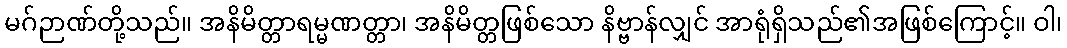
မဂ်ဉာဏ်တို့သည်။ အနိမိတ္တာရမ္မဏတ္တာ၊ အနိမိတ္တဖြစ်သော နိဗ္ဗာန်လျှင် အာရုံရှိသည်၏အဖြစ်ကြောင့်။ ဝါ၊